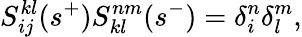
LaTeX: S_{ij}^{kl}(s^{+})S_{kl}^{nm}(s^{-})=\delta_{i}^{n}\delta_{l}^{m},